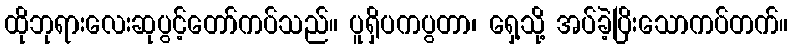
ထိုဘုရားလေးဆုပွင့်တော်ကပ်သည်။ ပူရှိပကပွတာ၊ ရှေ့သို့ အပ်ခဲ့ပြိးသောကပ်တက်။